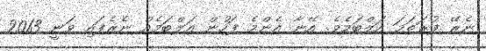
ނެރޭ ފުރަތަމަ އަލްބަމެވެ. އޭނާ އެންމެ ފަހުން އަލްބަމެއް ނެރެފައި ވަނީ 2013